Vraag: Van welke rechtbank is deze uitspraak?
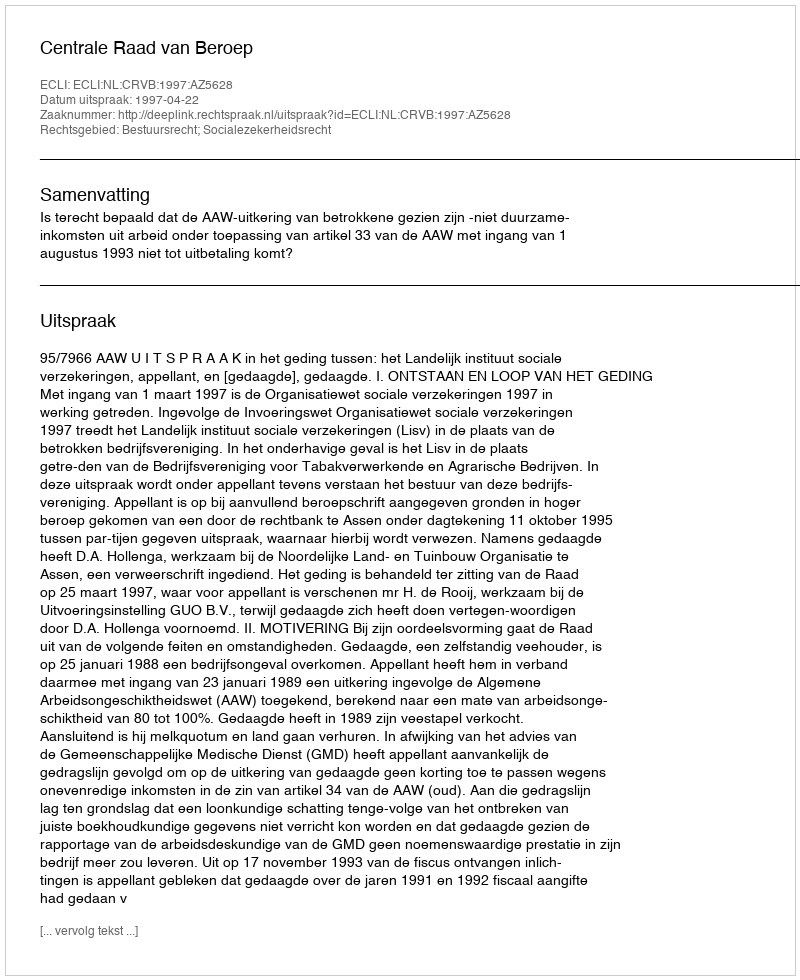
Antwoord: Centrale Raad van Beroep